Tezpur Lunatic Asylum reports 1895-1904 - 1895-1904
Year: 1895
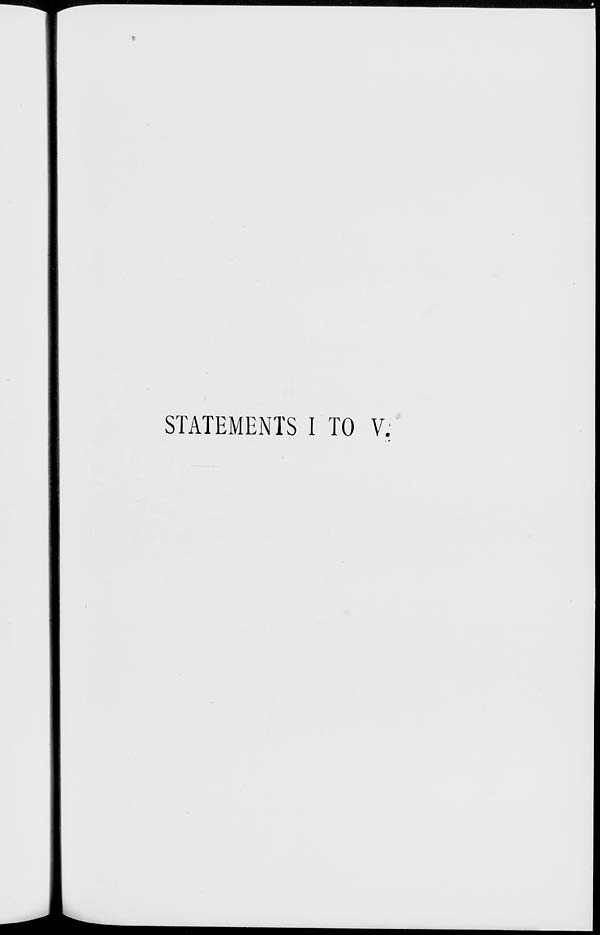
STATEMENTS I TO V: